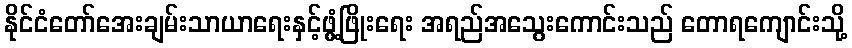
နိုင်ငံတော်အေးချမ်းသာယာရေးနှင့်ဖွံ့ဖြိုးရေး အရည်အသွေးကောင်းသည် တောရကျောင်းသို့